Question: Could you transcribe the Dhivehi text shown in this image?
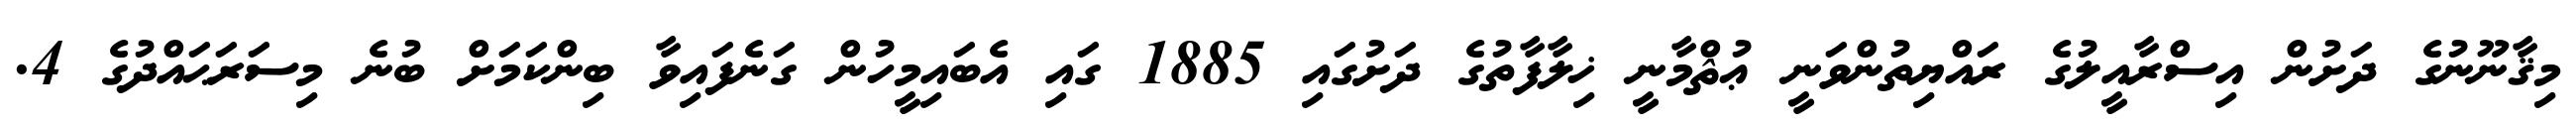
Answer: މިޤާނޫނުގެ ދަށުން އިސްރާއީލުގެ ރައްޔިތުންވަނީ ޢުޘްމާނީ ޚިލާފާތުގެ ދަށުގައި 1885 ގައި އެބައިމީހުން ގަނެފައިވާ ބިންކަމަށް ބުނެ މިސަރަޙައްދުގެ 4.